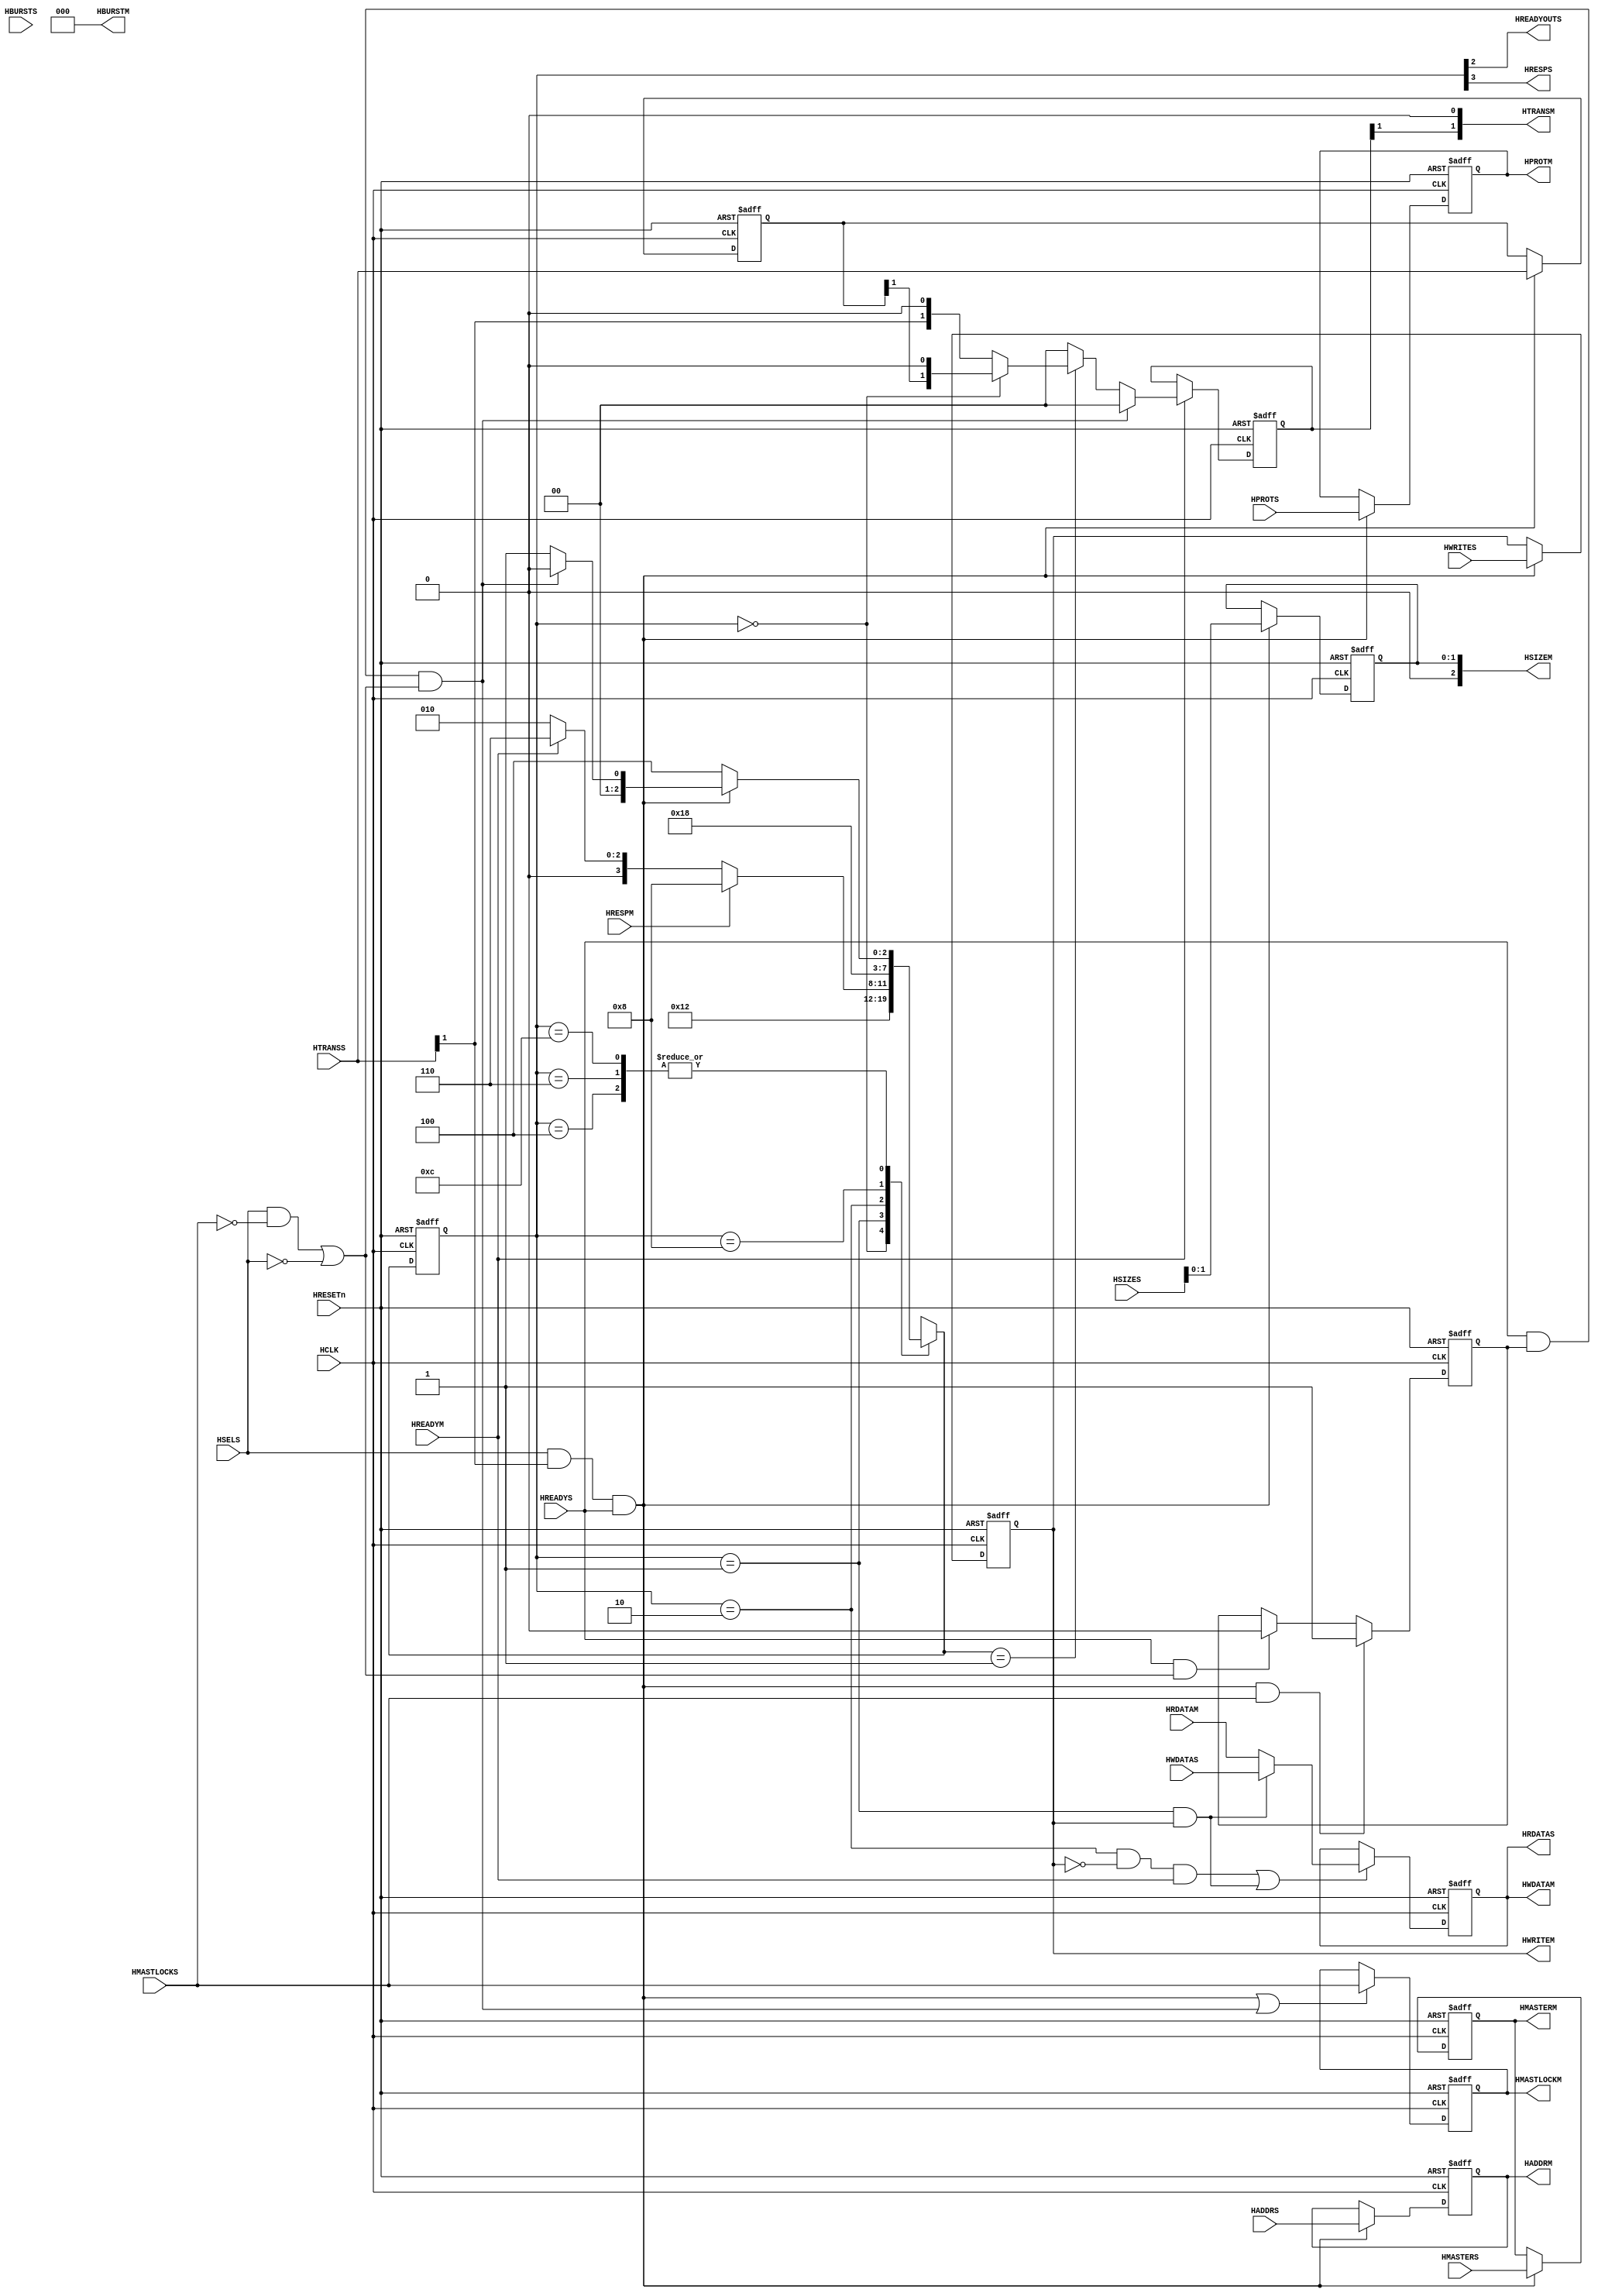
//-----------------------------------------------------------------------------
// The confidential and proprietary information contained in this file may
// only be used by a person authorised under and to the extent permitted
// by a subsisting licensing agreement from ARM Limited.
//
//            (C) COPYRIGHT 2010-2013 ARM Limited.
//                ALL RIGHTS RESERVED
//
// This entire notice must be reproduced on all copies of this file
// and copies of this file may only be made by a person if such person is
// permitted to do so under the terms of a subsisting license agreement
// from ARM Limited.
//
//      SVN Information
//
//      Checked In          : $Date: 2013-04-10 15:07:36 +0100 (Wed, 10 Apr 2013) $
//
//      Revision            : $Revision: 243494 $
//
//      Release Information : Cortex-M System Design Kit-r1p0-01rel0
//
//-----------------------------------------------------------------------------
//-----------------------------------------------------------------------------
// Abstract : AHB to AHB synchronous bridge for timing isolation. signals
//           transfered between bridge slave side and bridge master side are
//           registered
//-----------------------------------------------------------------------------


module cmsdk_ahb_to_ahb_sync #(
  // --------------------------------------------------------------------------------
  // Parameters
  // --------------------------------------------------------------------------------

  parameter       AW    = 32,  //Define the address width of AHB bridge
  parameter       DW    = 32,  //Define the data width of AHB bridge
  parameter       MW    = 4,   //Define the master number width of AHB bridge
  parameter       BURST = 0)   //Indicate whether support burst transaction:
                               //0: no support, 1: support
 (
  // --------------------------------------------------------------------------------
  // I/O declarations
  // --------------------------------------------------------------------------------
  input  wire          HCLK,       // Clock
  input  wire          HRESETn,    // Reset

  // AHB connection to master
  input  wire          HSELS,
  input  wire [AW-1:0] HADDRS,
  input  wire    [1:0] HTRANSS,
  input  wire    [2:0] HSIZES,
  input  wire          HWRITES,
  input  wire          HREADYS,
  input  wire    [3:0] HPROTS,
  input  wire [MW-1:0] HMASTERS,
  input  wire          HMASTLOCKS,
  input  wire [DW-1:0] HWDATAS,
  input  wire    [2:0] HBURSTS,

  output wire          HREADYOUTS,
  output wire          HRESPS,
  output wire [DW-1:0] HRDATAS,

  // AHB connection to slave
  output wire [AW-1:0] HADDRM,
  output wire   [1:0]  HTRANSM,
  output wire   [2:0]  HSIZEM,
  output wire          HWRITEM,
  output wire   [3:0]  HPROTM,
  output wire [MW-1:0] HMASTERM,
  output wire          HMASTLOCKM,
  output wire [DW-1:0] HWDATAM,
  output wire   [2:0]  HBURSTM,

  input  wire          HREADYM,
  input  wire          HRESPM,
  input  wire [DW-1:0] HRDATAM);

  // --------------------------------------------------------------------------------
  // Derived parameters

  localparam      HSIZE_W   = (DW > 64) ? 3 : 2; // Width of HSIZE that need to be stored
  localparam      HSIZE_MAX = HSIZE_W - 1;       // MSB of HSIZE register

  // --------------------------------------------------------------------------------
  // Internal wires declarations
  // --------------------------------------------------------------------------------

  // Local parameters

  // HTRANSS transaction definitions
  localparam TRN_IDLE   = 2'b00;             // idle transaction
  localparam TRN_BUSY   = 2'b01;             // busy transaction
  localparam TRN_NONSEQ = 2'b10;             // non-sequential
  localparam TRN_SEQ    = 2'b11;             // sequential

  // Slave response status definitions
  localparam RESP_OKAY  = 1'b0;              // Response OKAY
  localparam RESP_ERR   = 1'b1;              // Response ERROR

  // HBURSTS transaction type signal encoding
  localparam BUR_SINGLE = 3'b000;            // single
  localparam BUR_INCR   = 3'b001;            // incrementing
  localparam BUR_WRAP4  = 3'b010;            // 4-beat wrap
  localparam BUR_INCR4  = 3'b011;            // 4-beat incr
  localparam BUR_WRAP8  = 3'b100;            // 8-beat wrap
  localparam BUR_INCR8  = 3'b101;            // 8-beat incr
  localparam BUR_WRAP16 = 3'b110;            // 16-beat wrap
  localparam BUR_INCR16 = 3'b111;            // 16-beat incr

  // Main control FSM local parameters
  localparam FSM_IDLE  = 4'b0100;            // Idle on both side
  localparam FSM_ADDR  = 4'b0001;            // address phase on master side
  localparam FSM_UNLOCK= 4'b0000;            // unlock idle insertion on master side
  localparam FSM_WAIT  = 4'b0010;            // data phase on master side
  localparam FSM_DONE  = 4'b0110;            // end of data phase on slave side
  localparam FSM_ERR1  = 4'b1000;            // error response on slave side #1
  localparam FSM_ERR2  = 4'b1100;            // error response on slave side #2

  // registers for holding the previous values
  reg [AW-1:0]  haddr_reg;
  reg           hwrite_reg;
  reg [HSIZE_MAX:0]  hsize_reg;
  reg    [3:0]  hprot_reg;
  reg [MW-1:0]  hmaster_reg;
  reg           hmastlock_reg;
  reg    [2:0]  hburst_reg;
  reg    [1:0]  hold_htrans_reg;            // used to hold the previous valid HTRANSS
                                            // for unlock IDLE insertion

  // main control FSM signals
  reg    [3:0]  reg_fsm_state;
  reg    [3:0]  nxt_fsm_state;

  wire          trans_finish_addr;           // Indicate bridge slave side valid address phase transaction

  // lock and data register control signals
  reg  [DW-1:0] hdata_reg;                   // Shared between read and write
  wire [DW-1:0] nxt_hdata_reg;               // Shared between read and write

  wire          data_update_read;            // Read data update
  wire          data_update_write;           // Write data update
  wire          data_update_both;            // Read or Write data update


  //transaction type control signals
  wire [1:0]    next_htransm;                // transaction type
  reg [1:0]     htransm_reg;                 // transaction type
  wire          trans_update;                // update the output transaction type

  // Error cancelation module interface signals
  wire  [1:0]   htransm_canc;                // transaction type
  wire          hreadyoutm_canc;             // transaction ready
  wire          hrespm_canc;                 // transaction response

  // --------------------------------------------------------------------------------
  // Unlocking transaction IDLE insertion control
  // --------------------------------------------------------------------------------
  // The bridge will insert IDLE transaction if the master unlock the previous transaction
  // or the bridge is not selected anymore.
  // regardless whether the master insert unlock idle transaction.

  reg      lock_trans_valid;      // Indicate current AHB data phase hmastlocks singal is valid
  wire     unlock_idle_valid;     // Indicate bridge unlock idle transaction is valid

  // delay version of HMASTLOCKS, when HSELS is valid.
  always @(posedge HCLK or negedge HRESETn) begin
    if (~HRESETn) begin
       lock_trans_valid   <= 1'b0;
    end
    else if (trans_finish_addr & HMASTLOCKS)
           begin
           // Locked transaction start with valid transaction
           lock_trans_valid   <= 1'b1;
           end
         else if (HREADYS &((HSELS & (~HMASTLOCKS)) | (~HSELS)))
           begin
           // unlock the transaction if master unlock it or current bridge is not selected any more
           lock_trans_valid   <= 1'b0;
           end
    end

  // bridge slave side unlock idle is valid if :
  // 1: the bridge is selected and the master unlock the transaction
  // 2: the bridge is not selected ( can be burst early termination)
  assign   unlock_idle_valid =  HREADYS & lock_trans_valid & (((~HMASTLOCKS) & HSELS)
                              | (~HSELS));

  // --------------------------------------------------------------------------------
  // Main control FSM
  // --------------------------------------------------------------------------------

  assign trans_finish_addr = HSELS & HTRANSS[1] & HREADYS;

  // Main control FSM: next state generation
  always @(*) begin
    case (reg_fsm_state)
      FSM_IDLE: begin //Bridge slave side address phase
                   nxt_fsm_state = ~trans_finish_addr ? FSM_IDLE   :
                                   unlock_idle_valid  ? FSM_UNLOCK :
                                                        FSM_ADDR;
                end
      FSM_UNLOCK: begin //Bridge master side unlock IDLE insertion
                   nxt_fsm_state = FSM_ADDR;
                end
      FSM_ADDR: begin // Bridge master side address phase
                   nxt_fsm_state = FSM_WAIT;
                end
      FSM_WAIT: begin //Bridge master side data phase
                   nxt_fsm_state = hrespm_canc     ? FSM_ERR1 :
                                   hreadyoutm_canc ? FSM_DONE :
                                                     FSM_WAIT;
                end
      FSM_DONE: begin //Bridge slave side data phase
                   nxt_fsm_state = ~trans_finish_addr ? FSM_IDLE   :
                                   unlock_idle_valid  ? FSM_UNLOCK :
                                                        FSM_ADDR;
                end
      FSM_ERR1: begin //Bridge slave side error response: state 1
                   nxt_fsm_state = FSM_ERR2;
                end
      FSM_ERR2: begin  //Bridge slave side error response: state 2
                   nxt_fsm_state = ~trans_finish_addr ? FSM_IDLE   :
                                   unlock_idle_valid  ? FSM_UNLOCK :
                                                        FSM_ADDR;
                end
      default : begin
                   nxt_fsm_state = 4'bxxxx; //for X propogation
                end
    endcase
  end

  // Register state for FSM
  always @(posedge HCLK or negedge HRESETn) begin
    if (~HRESETn)
      reg_fsm_state <= FSM_IDLE;
    else
      reg_fsm_state <= nxt_fsm_state;
  end

  // --------------------------------------------------------------------------------
  // Signal holding logic
  // --------------------------------------------------------------------------------
  // register the address phase control signals which only need to update after a
  // bridge slave side valid transaction
  always @(posedge HCLK or negedge HRESETn) begin
    if (~HRESETn) begin
      hsize_reg       <= { HSIZE_W{1'b0}};
      hwrite_reg      <=     1'b0;
      hprot_reg       <= { 4{1'b0}};
      hmaster_reg     <= { MW{1'b0}};
      hold_htrans_reg <= TRN_IDLE;
    end
    else if (trans_finish_addr ) begin
      hsize_reg       <= HSIZES[HSIZE_MAX:0];
      hwrite_reg      <= HWRITES;
      hprot_reg       <= HPROTS;
      hmaster_reg     <= HMASTERS;
      hold_htrans_reg <= HTRANSS;
    end
  end

  // Data holding register control
  assign data_update_read  = (reg_fsm_state == FSM_WAIT) & (hwrite_reg==1'b0) & (hreadyoutm_canc==1'b1);
  assign data_update_write = (reg_fsm_state == FSM_ADDR) & (hwrite_reg==1'b1);
  assign data_update_both  = data_update_read | data_update_write;
  assign nxt_hdata_reg     = (data_update_write) ? HWDATAS : HRDATAM ;

  // Data holding register
  always @(posedge HCLK or negedge HRESETn) begin
    if (~HRESETn)
      hdata_reg <= {DW{1'b0}};
    else if (data_update_both)
      hdata_reg <= nxt_hdata_reg;
  end

  // Master Lock register
  always @(posedge HCLK or negedge HRESETn) begin
    if (~HRESETn)
      hmastlock_reg <=  1'b0;
    else if (trans_finish_addr|unlock_idle_valid)
      hmastlock_reg <= HMASTLOCKS;
  end

  //transaction info update for bridge master side signals
  assign   trans_update = (nxt_fsm_state == FSM_ADDR);

  // --------------------------------------------------------------------------------
  // Burst support logic, can be enabled by set BURST parameter to 1
  // --------------------------------------------------------------------------------
  generate
  //----------------------------------------------------------------------------
  // Generate: burst support present
  //----------------------------------------------------------------------------
  if (BURST == 1)
    begin: gen_burst_support

    // Error cancellation block:
    // When the ErrorCanc block receives an ERROR response from the slave on AHB
    // it responds with an ERROR to each further transaction in the burst and drives
    // IDLE on HTRANSM until the burst on AHB1 is complete.
    //
    // Since the bridge assume continues bursts by default then the error_canc block
    // should be placed after it:
    //
    //   AHB1 --> Bridge --> ErrorCanc --> AHB2

    cmsdk_ahb_to_ahb_sync_error_canc
     u_ahb_error_canc
     (
      // Inputs
      .HCLK      (HCLK),
      .HCLKEN    (1'b1),
      .HRESETn   (HRESETn),

      // AHB slave interface
      .HTRANSS   (htransm_reg),

      .HREADYOUTS(hreadyoutm_canc),
      .HRESPS    (hrespm_canc),

      // AHB master interface
      .HTRANSM   (htransm_canc),

      .HREADYM   (HREADYM),
      .HRESPM    (HRESPM)
     );

  wire     busy_override;              // BUSY state insertion control
  wire     transm_addr_update;         // Bridge master side address update signal

  assign   busy_override = HTRANSS[0] & HSELS; //bridge slave side has ongoing burst transaction

  //transaction type generation
  assign   next_htransm  = unlock_idle_valid  ? TRN_IDLE : // Unlock IDLE insertion
                           trans_update       ? ((reg_fsm_state == FSM_UNLOCK)? hold_htrans_reg :HTRANSS):
                                // if previous transaction is unlock IDLE insertion, update from hold register,
                                // else from the bridge slave input
                           busy_override      ? TRN_BUSY://busy override transaction
                                                TRN_IDLE;//default IDLE state

  // transaction type register
  always @ (posedge HCLK or negedge HRESETn) begin
    if (~HRESETn)
        htransm_reg  <= TRN_IDLE;
    else if (hreadyoutm_canc)
        htransm_reg  <= next_htransm;
  end

   // transaction type assignment
   assign HTRANSM        = htransm_canc;

   // transaction address assignment
   assign transm_addr_update = (trans_finish_addr | //bridge slave side valid transaction
                                ((reg_fsm_state == FSM_ADDR) & busy_override)
                                         // BUSY state address update from bridge slave side
                               );

   // Address register update
   always @(posedge HCLK or negedge HRESETn) begin
     if (~HRESETn) begin
       haddr_reg     <= {AW{1'b0}};
       end
     else if (transm_addr_update) begin
       haddr_reg     <= HADDRS;
       end
   end

   // transaction burst assignment
   always @(posedge HCLK or negedge HRESETn) begin
     if (~HRESETn) begin
        hburst_reg    <= BUR_SINGLE;
        end
     else if (trans_finish_addr) begin
        hburst_reg    <= HBURSTS;
        end
   end

  assign HBURSTM = hburst_reg;

  end

 // --------------------------------------------------------------------------------
 // Burst support not present
 // --------------------------------------------------------------------------------
  else begin: gen_no_burst_support
   // transaction type assignment
  assign  next_htransm  =  unlock_idle_valid  ? TRN_IDLE : // Unlock IDLE insertion
                           trans_update       ? ((reg_fsm_state == FSM_UNLOCK)? {hold_htrans_reg[1],1'b0} :{HTRANSS[1],1'b0}):
                                // if previous transaction is unlock IDLE insertion, update from hold register,
                                // else from the bridge slave input
                                                TRN_IDLE;//default IDLE state

  // transaction type register
  always @ (posedge HCLK or negedge HRESETn) begin
    if (~HRESETn)
        htransm_reg  <= TRN_IDLE;
    else if (HREADYM)
        htransm_reg  <= next_htransm;
  end

  // transaction type assignment
  assign HTRANSM         = {htransm_reg[1], 1'b0}; // IDLE or NSEQ only
  assign htransm_canc    = TRN_IDLE; // Signal not used when BURST=0

  // error cancel logic not present, feedback path connected directly
  assign hrespm_canc     = HRESPM;
  assign hreadyoutm_canc = HREADYM;

  // Address register update
  always @(posedge HCLK or negedge HRESETn) begin
    if (~HRESETn)
      begin
       haddr_reg     <= {AW{1'b0}};
      end
    else if (trans_finish_addr) // Capture HADDR when device is selected and have an active transfer
      begin
       haddr_reg     <= HADDRS;
      end
  end

   // transaction burst assignment
   assign  HBURSTM    = BUR_SINGLE; // Always Single

  end // end of gen_no_burst_support
  endgenerate

 // --------------------------------------------------------------------------------
 // Output assignments
 // --------------------------------------------------------------------------------
  assign HREADYOUTS   = reg_fsm_state[2];
  assign HRESPS       = reg_fsm_state[3];
  assign HRDATAS      = hdata_reg;

  assign HADDRM       = haddr_reg;
  assign HSIZEM[2]    = (DW > 64) ? hsize_reg[HSIZE_MAX] : 1'b0;
  assign HSIZEM[1:0]  = hsize_reg[1:0];
  assign HWRITEM      = hwrite_reg;
  assign HPROTM       = hprot_reg;
  assign HMASTERM     = hmaster_reg;
  assign HMASTLOCKM   = hmastlock_reg;
  assign HWDATAM      = hdata_reg;

  // --------------------------------------------------------------------------------
  // Assertion property
  // --------------------------------------------------------------------------------
`ifdef ARM_AHB_ASSERT_ON
`include "std_ovl_defines.h"
   reg        ovl_reg_s_data_phase;  // AHB-S port data phase
   reg        ovl_reg_s_write;       // AHB-S port data phase write
   reg [2:0]  ovl_reg_s_hsize;       // AHB-S port sampled hsize
   reg [2:0]  ovl_reg_s_hburst;      // AHB-S port sampled hburst
   reg [3:0]  ovl_reg_s_hprot;       // AHB-S port sampled hprot
   reg        ovl_reg_s_hmastlock;   // AHB-S port sampled hmastlock
   reg        ovl_reg_m_data_phase;  // AHB-M port data phase
   reg        ovl_reg_m_write;       // AHB-M port data phase write

   always @(posedge HCLK or negedge HRESETn)
   begin
     if (~HRESETn)
       begin
       ovl_reg_s_data_phase <= 1'b0;
       ovl_reg_s_write      <= 1'b0;
       ovl_reg_s_hsize      <= {3{1'b0}};
       ovl_reg_s_hprot      <= {4{1'b0}};
       ovl_reg_s_hburst     <= {3{1'b0}};
       ovl_reg_s_hmastlock  <= 1'b0;
       end
     else if (HREADYS)
       begin
       ovl_reg_s_data_phase <= HSELS & HTRANSS[1];
       ovl_reg_s_write      <= HWRITES;
       ovl_reg_s_hsize      <= HSIZES;
       ovl_reg_s_hprot      <= HPROTS;
       ovl_reg_s_hburst     <= HBURSTS;
       ovl_reg_s_hmastlock  <= HMASTLOCKS;
       end
   end

   always @(posedge HCLK or negedge HRESETn)
   begin
     if (~HRESETn)
       begin
       ovl_reg_m_data_phase <= 1'b0;
       ovl_reg_m_write      <= 1'b0;
       end
     else if (HREADYM)
       begin
       ovl_reg_m_data_phase <= HTRANSM[1];
       ovl_reg_m_write      <= HWRITEM;
       end
   end


   // Ensure FSM state must not be in invalid state
   // FSM use 4 bits because highest 2-bit are mapped to HRESP and HREADYOUT
   assert_never
     #(`OVL_ERROR,`OVL_ASSERT,
       "FSM in illegal state")
   u_ovl_ahb_sync_fsm_state_illegal
     (.clk(HCLK), .reset_n(HRESETn),
      .test_expr((reg_fsm_state==4'b0011)|
                 (reg_fsm_state==4'b0101)|(reg_fsm_state==4'b0111)|
                 (reg_fsm_state==4'b1001)|(reg_fsm_state==4'b1010)|
                 (reg_fsm_state==4'b1011)|(reg_fsm_state==4'b1101)|
                 (reg_fsm_state==4'b1110)|(reg_fsm_state==4'b1111)
                 ));


    // Check FSM never go to xxxx state
    assert_never_unknown
    #(`OVL_ERROR, 4, `OVL_ASSERT, "FSM went to X")
    u_ovl_ahb_sync_fsm_x (
    .clk       (HCLK),
    .reset_n   (HRESETn),
    .qualifier (1'b1),
    .test_expr (reg_fsm_state)
     );


   // The bridge slave side transaction release to the bridge master side after one cycle delay if not in unlock
   // idle insertion state
   assert_next
    #(`OVL_ERROR, 1,1,0,
      `OVL_ASSERT,
      "The bridge slave side transaction should release to the bridge master side after one cycle delay if no unlock idle insertion"
      )
    u_ovl_ahb_sync_trans_delay
    (.clk         ( HCLK ),
     .reset_n     (HRESETn),
     .start_event ((HTRANSS == TRN_NONSEQ) & (nxt_fsm_state != FSM_UNLOCK) &
                   HREADYS & HSELS & (HRESPS ==RESP_OKAY)),
     .test_expr   (HTRANSM == TRN_NONSEQ
                   )
     );

   // If downstream AHB slave return error response, upstream AHB will get error response
   assert_next
    #(`OVL_ERROR, 1,1,0,
      `OVL_ASSERT,
      "AHB error response transfer failure"
      )
   u_ovl_ahb_error_from_slave(
     .clk         ( HCLK ),
     .reset_n     (HRESETn),
     .start_event (HREADYM & HRESPM & ovl_reg_m_data_phase),
     .test_expr   (HREADYOUTS & HRESPS)
     );

   // When a transfer is on-going on AHB-M interface, there must be a transfer on AHB-S
   assert_implication
     #(`OVL_ERROR,`OVL_ASSERT,
       "Transfer appear on AHB-M without transfer on AHB-S")
   u_ovl_ahb_status_mismatch
     (.clk(HCLK), .reset_n(HRESETn),
      .antecedent_expr(ovl_reg_m_data_phase),
      .consequent_expr(ovl_reg_s_data_phase)
      );

   // Sampling of HWDATAS (data_update_write) take place at first cycle of write transfer
   // before data phase start on AHB-M
   assert_implication
     #(`OVL_ERROR,`OVL_ASSERT,
       "Write data sampling control timing incorrect")
   u_ovl_write_data_sampling
     (.clk(HCLK), .reset_n(HRESETn),
      .antecedent_expr(data_update_write),
      .consequent_expr(ovl_reg_s_data_phase & ovl_reg_s_write & (~ovl_reg_m_data_phase))
      );

   // Sampling of HRDATAM (data_update_read) take place at last cycle of read transfer
   // on AHB-M
   assert_implication
     #(`OVL_ERROR,`OVL_ASSERT,
       "Read data sampling control timing incorrect")
   u_ovl_read_data_sampling
     (.clk(HCLK), .reset_n(HRESETn),
      .antecedent_expr(data_update_read),
      .consequent_expr(ovl_reg_m_data_phase & HREADYM & (~ovl_reg_m_write))
      );

   // During transfer on AHB-M, HWRITE information must match transfer announced on AHB-S
   assert_implication
     #(`OVL_ERROR,`OVL_ASSERT,
       "Read/Write information mismatch")
   u_ovl_hwrite_mismatch
     (.clk(HCLK), .reset_n(HRESETn),
      .antecedent_expr(ovl_reg_m_data_phase),
      .consequent_expr(ovl_reg_m_write == ovl_reg_s_write) // ovl_reg_m_write is derived from HWRITEM
      );                                                   // ovl_reg_s_write is derived from HWRITES

   // During transfer on AHB-M, HSIZEM information must match transfer announced on AHB-S
   assert_implication
     #(`OVL_ERROR,`OVL_ASSERT,
       "HSIZE information mismatch")
   u_ovl_hsize_mismatch
     (.clk(HCLK), .reset_n(HRESETn),
      .antecedent_expr(HTRANSM[1] & HREADYM),
      .consequent_expr(HSIZEM == ovl_reg_s_hsize)
      );

   // During transfer on AHB-M, HPROTM information must match transfer announced on AHB-S
   assert_implication
     #(`OVL_ERROR,`OVL_ASSERT,
       "HSIZE information mismatch")
   u_ovl_hprot_mismatch
     (.clk(HCLK), .reset_n(HRESETn),
      .antecedent_expr(HTRANSM[1] & HREADYM),
      .consequent_expr(HPROTM == ovl_reg_s_hprot)
      );

   // During transfer on AHB-M, HMASTLOCKM information must match transfer announced on AHB-S
   assert_implication
     #(`OVL_ERROR,`OVL_ASSERT,
       "HMASTLOCKM information mismatch")
   u_ovl_hmastlock_mismatch
     (.clk(HCLK), .reset_n(HRESETn),
      .antecedent_expr(HTRANSM[1] & HREADYM),
      .consequent_expr(HMASTLOCKM == ovl_reg_s_hmastlock)
      );

 generate
   if (BURST == 1) begin : gen_ovl_burst_support  // Support burst transaction

   // If burst is supported, the bridge master side will override next transaction with IDLE
   // if error response is received
   assert_next
    #(`OVL_ERROR, 1,1,0,
      `OVL_ASSERT,
      "In burst transaction, when the bridge receive error response, it will override next transaction with IDLE "
      )
    u_ovl_ahb_sync_err_burstm_terminate
    (.clk         ( HCLK ),
     .reset_n     (HRESETn),
     .start_event ((HRESPM == RESP_ERR) & (~HREADYM) &
                   (HBURSTM != BUR_SINGLE)
                   ),
     .test_expr   (HTRANSM == TRN_IDLE
                   )
     );

   // During transfer on AHB-M, HBURSTM information must match transfer announced on AHB-S
   assert_implication
     #(`OVL_ERROR,`OVL_ASSERT,
       "HBURST information mismatch")
   u_ovl_hburst_mismatch
     (.clk(HCLK), .reset_n(HRESETn),
      .antecedent_expr(HTRANSM[1] & HREADYM),
      .consequent_expr(HBURSTM == ovl_reg_s_hburst)
      );



   end
   else begin : gen_ovl_no_burst_support   // Does not support burst transaction
   // BUSY and SEQ transaction type never happen
   assert_never
     #(`OVL_ERROR,`OVL_ASSERT,
       "Illegal transaction type BUSY/SEQ if BURST is not supported ")
   u_ovl_ahb_sync_htransm_state_illegal
     (.clk      (HCLK),
      .reset_n  (HRESETn),
      .test_expr( (HTRANSM == TRN_BUSY) |
                  (HTRANSM == TRN_SEQ)
                )
      );

   end
 endgenerate

 `endif

 // --------------------------------------------------------------------------------
 // End of module
 // --------------------------------------------------------------------------------


endmodule